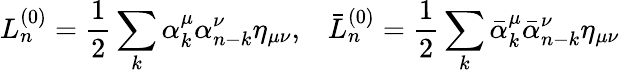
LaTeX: L_{n}^{(0)}=\frac{1}{2}\sum_{k}\alpha_{k}^{\mu}\alpha_{n-k}^{\nu}\eta_{\mu\nu}{,}\quad\bar{L}{}_{n}^{(0)}=\frac{1}{2}\sum_{k}\bar{\alpha}{}_{k}^{\mu}\bar{\alpha}{}_{n-k}^{\nu}\eta_{\mu\nu}